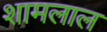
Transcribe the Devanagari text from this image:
शामलाल